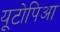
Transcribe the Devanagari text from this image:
यूटोपिआ